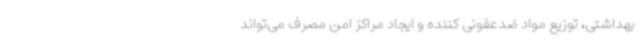
بهداشتی، توزیع مواد ضدعفونی کننده و ایجاد مراکز امن مصرف می‌تواند